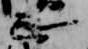
正